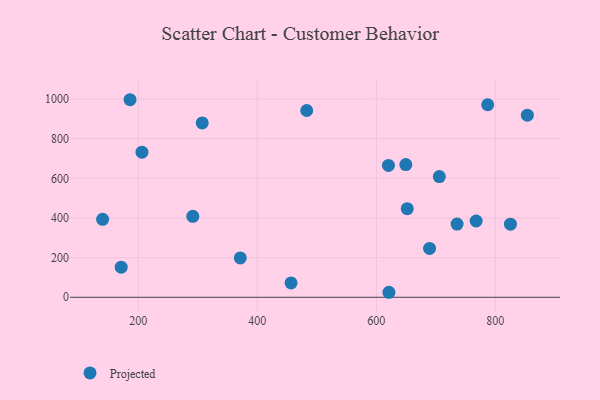
{"axis": {"x": "Price", "y": "Exam Score"}, "legend": ["Projected"], "data": [{"x": "206.1", "y": 731.5, "type": "Projected"}, {"x": "186.1", "y": 996.2, "type": "Projected"}, {"x": "735.7", "y": 369.4, "type": "Projected"}, {"x": "621.2", "y": 25.3, "type": "Projected"}, {"x": "825.4", "y": 368.5, "type": "Projected"}, {"x": "853.9", "y": 918.4, "type": "Projected"}, {"x": "787.2", "y": 970.8, "type": "Projected"}, {"x": "652.0", "y": 447.0, "type": "Projected"}, {"x": "620.4", "y": 665.1, "type": "Projected"}, {"x": "307.4", "y": 879.0, "type": "Projected"}, {"x": "483.0", "y": 941.9, "type": "Projected"}, {"x": "371.4", "y": 198.6, "type": "Projected"}, {"x": "649.6", "y": 669.1, "type": "Projected"}, {"x": "767.8", "y": 384.7, "type": "Projected"}, {"x": "171.2", "y": 152.0, "type": "Projected"}, {"x": "689.5", "y": 246.5, "type": "Projected"}, {"x": "705.9", "y": 608.7, "type": "Projected"}, {"x": "456.7", "y": 72.6, "type": "Projected"}, {"x": "140.0", "y": 393.0, "type": "Projected"}, {"x": "291.6", "y": 408.1, "type": "Projected"}]}